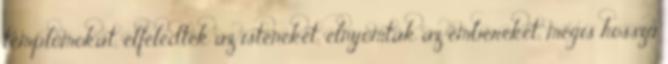
templomokat, elfeledték az isteneket, elnyomták az embereket, mégis hosszú